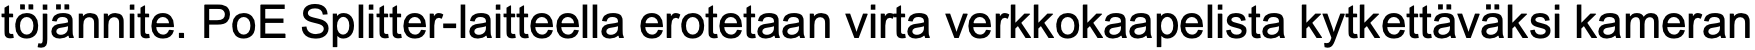
töjännite. PoE Splitter-laitteella erotetaan virta verkkokaapelista kytkettäväksi kameran